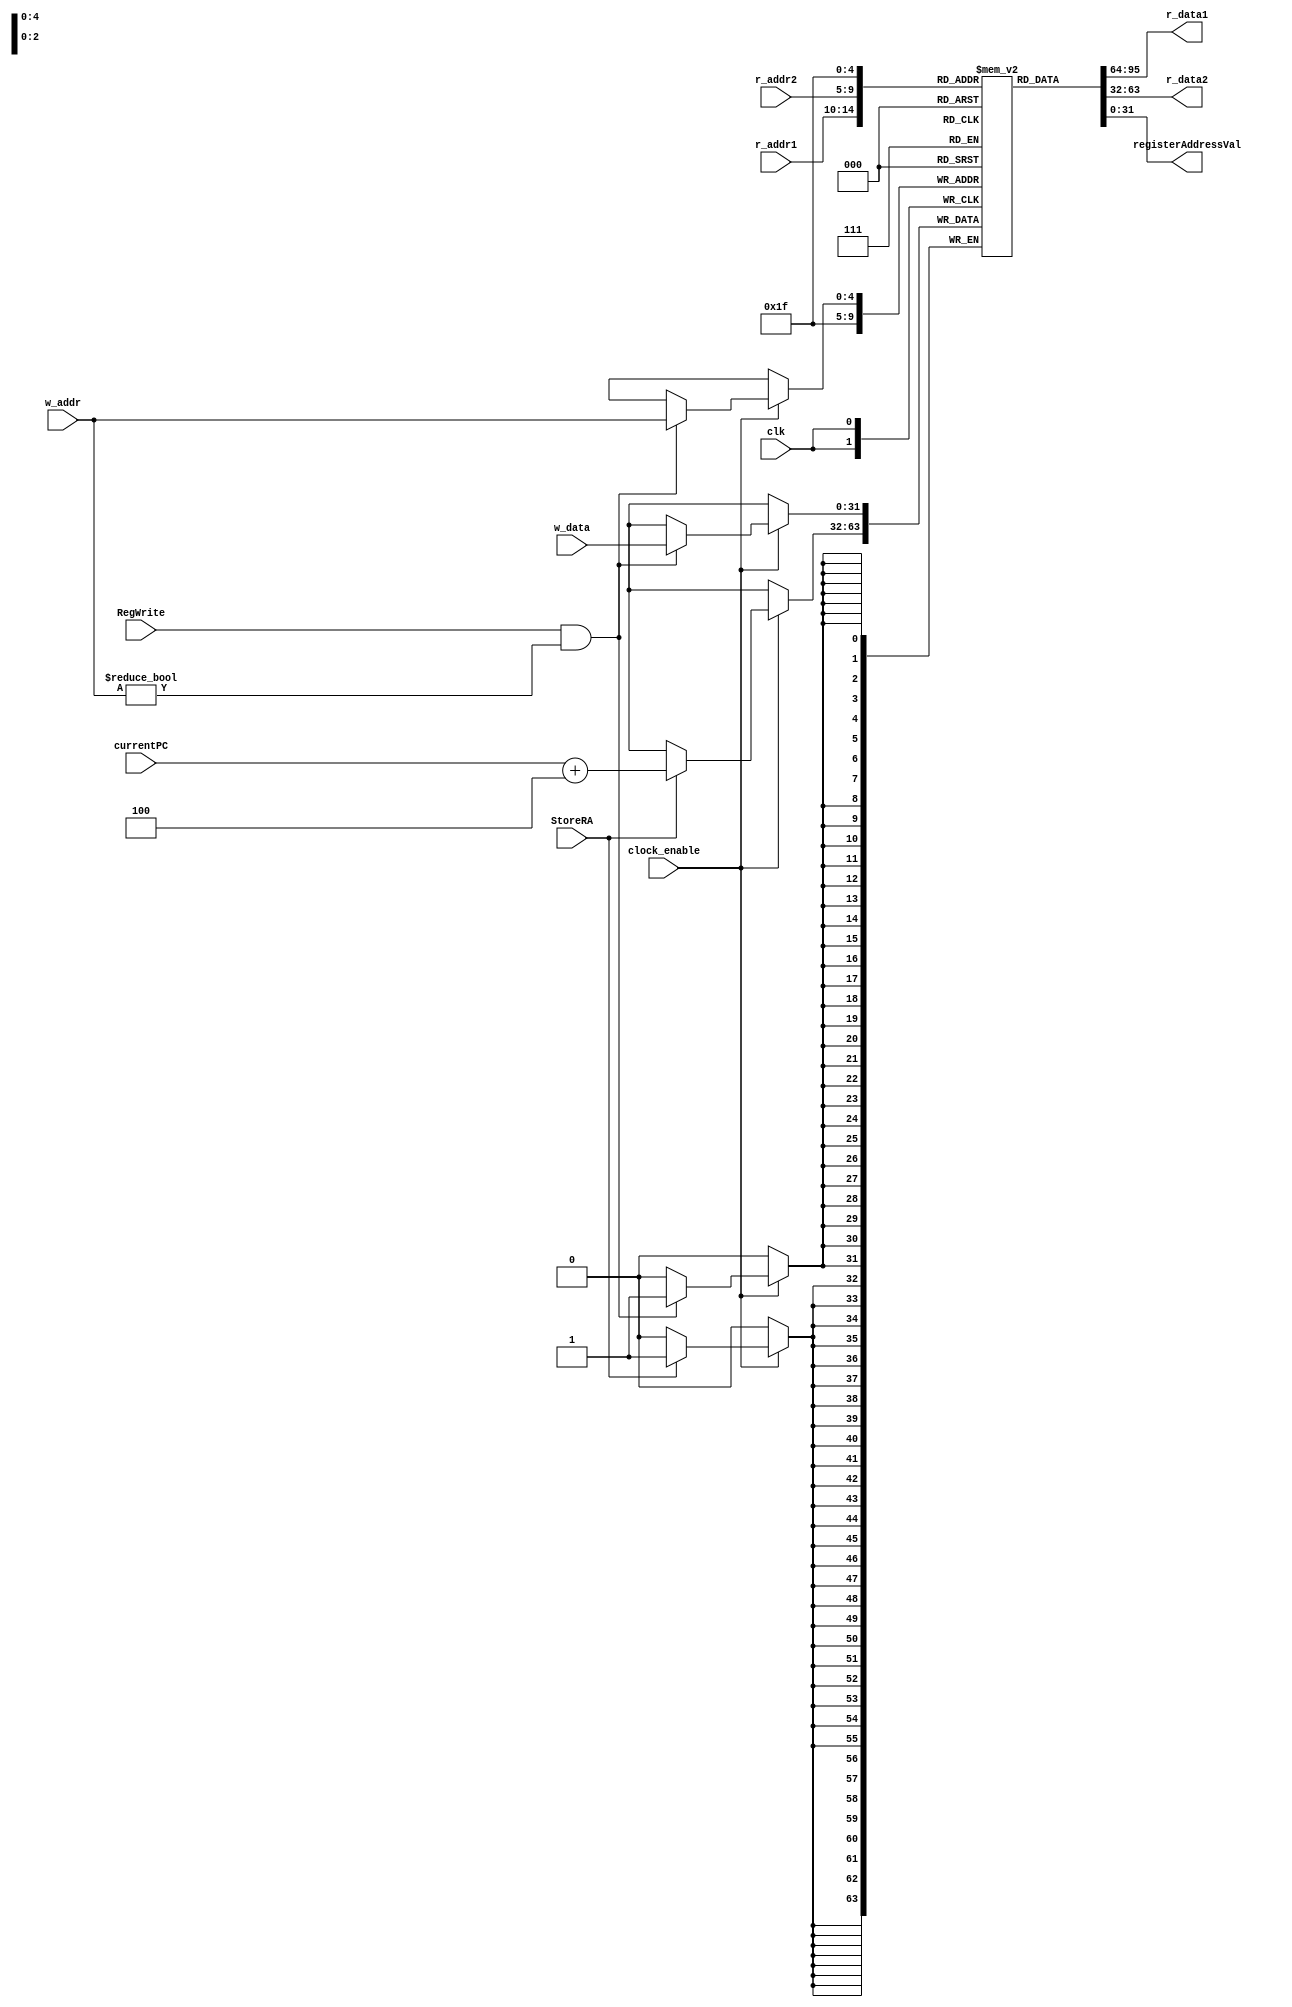
`timescale 1ns / 1ps

module RegisterFile
    #(parameter B = 32, W = 5, registerAddress = 5'b11111)
    (
    input wire clk,
    input wire clock_enable,
    input wire RegWrite,
    input wire StoreRA,
    input wire [B-1:0] currentPC,
    input wire [W-1:0] w_addr, r_addr1, r_addr2,
    input wire [B-1:0] w_data,
    output reg [B-1:0] r_data1, r_data2,     
    output reg [31:0] registerAddressVal
    );
    reg [B-1:0] reg_file_array [2**W-1:0];
    
    integer i;
    initial begin
        for(i = 0; i < 2**W; i = i + 1)
            reg_file_array[i] = 0; 
    end
    always @(posedge clk)
    begin
        if(clock_enable)
        begin
            if(RegWrite && w_addr != 5'b00000)
                 reg_file_array[w_addr] <= w_data;
            if(StoreRA)
                 reg_file_array[31] <= currentPC + 4;
        end
    end
    always @*
        begin
            r_data1 = reg_file_array[r_addr1];
            r_data2 = reg_file_array[r_addr2];            
            registerAddressVal = reg_file_array[31];                     
        end     
endmodule